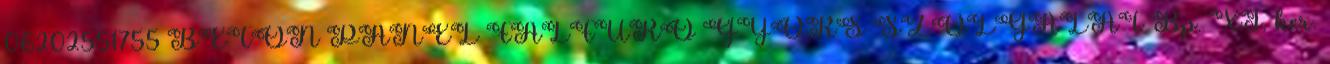
06202551755 BETON PANEL FALFÚRÓ GYORS SZOLGÁLAT Bp. XI. ker.